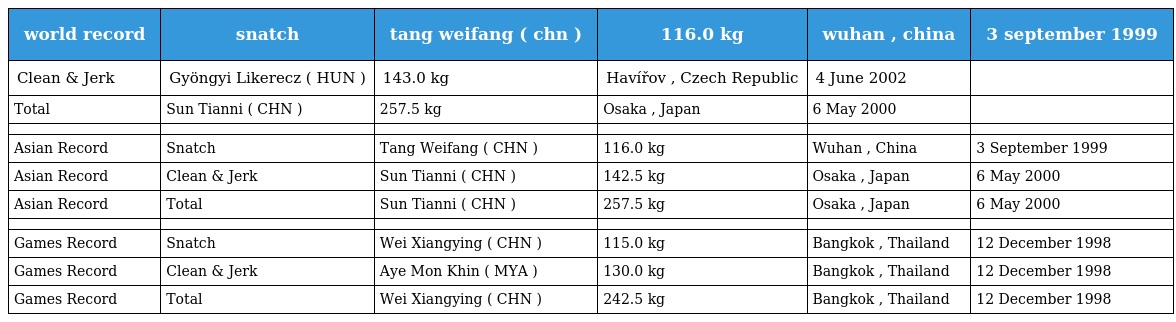
| world record | snatch | tang weifang ( chn ) | 116.0 kg | wuhan , china | 3 september 1999 |
 | --- | --- | --- | --- | --- | --- |
 | Clean & Jerk | Gyöngyi Likerecz ( HUN ) | 143.0 kg | Havířov , Czech Republic | 4 June 2002 |  |
 | Total | Sun Tianni ( CHN ) | 257.5 kg | Osaka , Japan | 6 May 2000 |  |
 |  |  |  |  |  |  |
 | Asian Record | Snatch | Tang Weifang ( CHN ) | 116.0 kg | Wuhan , China | 3 September 1999 |
 | Asian Record | Clean & Jerk | Sun Tianni ( CHN ) | 142.5 kg | Osaka , Japan | 6 May 2000 |
 | Asian Record | Total | Sun Tianni ( CHN ) | 257.5 kg | Osaka , Japan | 6 May 2000 |
 |  |  |  |  |  |  |
 | Games Record | Snatch | Wei Xiangying ( CHN ) | 115.0 kg | Bangkok , Thailand | 12 December 1998 |
 | Games Record | Clean & Jerk | Aye Mon Khin ( MYA ) | 130.0 kg | Bangkok , Thailand | 12 December 1998 |
 | Games Record | Total | Wei Xiangying ( CHN ) | 242.5 kg | Bangkok , Thailand | 12 December 1998 |